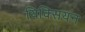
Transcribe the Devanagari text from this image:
यिक्सियन